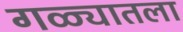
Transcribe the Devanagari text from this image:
गळ्यातला